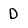
Character: D